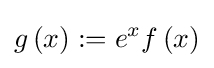
g\left(x\right):=e^{x}f\left(x\right)